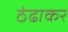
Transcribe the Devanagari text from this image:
ठंढाकर